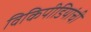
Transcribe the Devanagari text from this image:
विकिपीडियांची